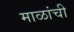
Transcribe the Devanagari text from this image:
माळांची